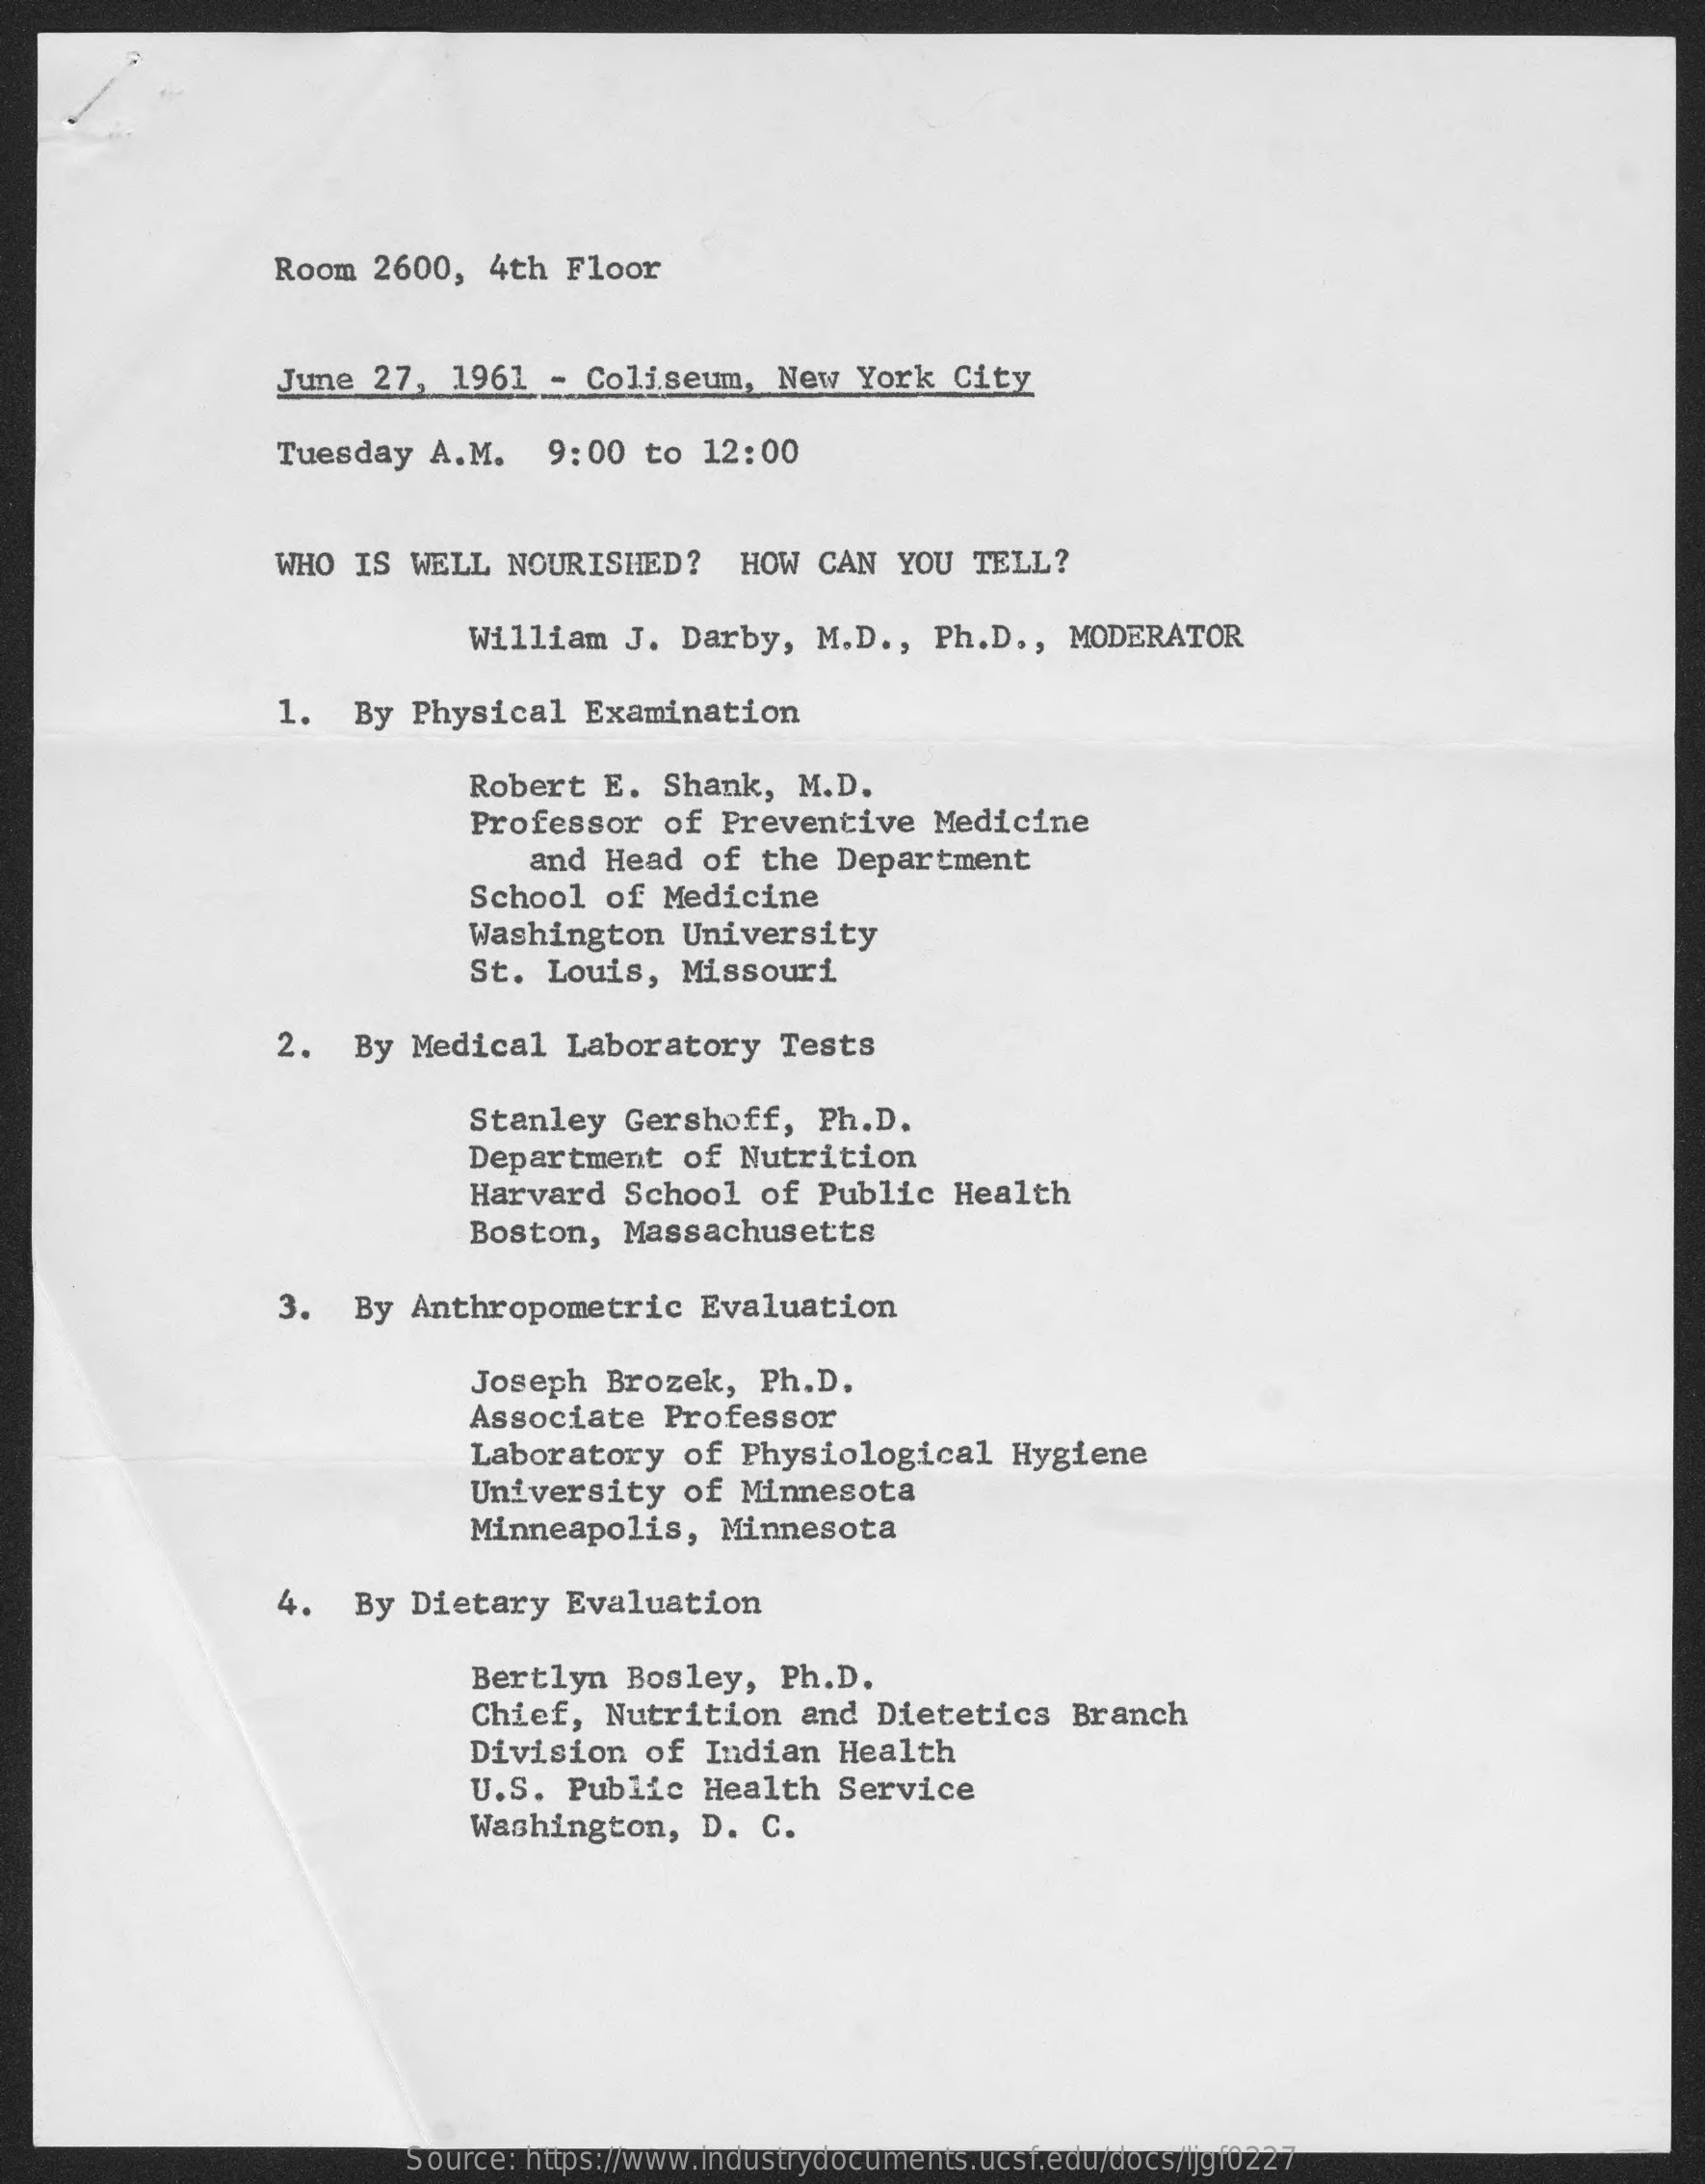
Room   2600,   4th Floor
     June  27,  1961   - Coliseum,   New   York  City
     Tuesday  A.M.    9:00   to  12:00
     WHO  IS  WELL  NOURISHED?    HOW  CAN   YOU  TELL?
     William    J. Darby,   M.D .,  Ph.D .,  MODERATOR
     1.  By  Physical    Examination
     Robert   E.  Shank,   M.D.
     Professor    of  Preventive    Medicine
     and  Head   of  the Department
     School   of  Medicine
     Washington    University
     St. Louis,   Missouri
     2.  By  Medical   Laboratory    Tests
     Stanley  Gershoff,    Ph.D.
     Department    of  Nutrition
     Harvard  School   of  Public   Health
     Boston,  Massachusetts
     3.  By  Anthropometric    Evaluation
     Joseph  Brozek,   Ph.D.
     Associate    Professor
     Laboratory    of  Physiological    Hygiene
     University    of  Minnesota
     Minneapolis,    Minnesota
     4.  By  Dietary   Evaluation
     Bertlyn  Bosley,    Ph.D.
     Chief,  Nutrition    and  Dietetics    Branch
     Division    of  Indian  Health
     U.S.  Public   Health  Service
     Washington,    D. C.
     Source: https://www.industrydocuments.ucsf.edu/docs/ljgf0227